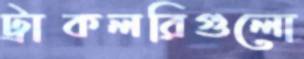
ট্রাকলরিগুলো